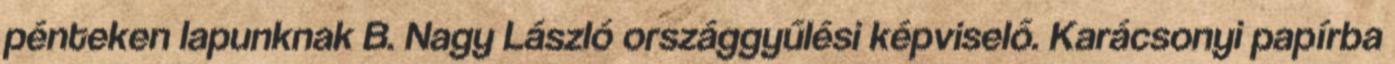
pénteken lapunknak B. Nagy László országgyűlési képviselő. Karácsonyi papírba